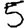
Digit: 5